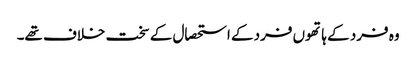
وہ فرد کے ہاتھوں فرد کے استحصال کے سخت خلاف تھے۔